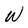
Character: W